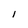
Character: i